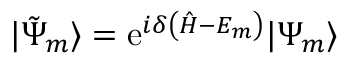
| { \tilde { \Psi } _ { m } } \rangle = \mathrm { e } ^ { i \delta \left( { \hat { H } } - E _ { m } \right) } | \Psi _ { m } \rangle